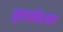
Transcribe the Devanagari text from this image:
मुद्रानिर्यंता